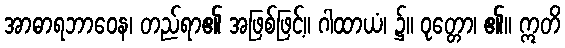
အာဓာရဘာဝေန၊ တည်ရာ၏ အဖြစ်ဖြင့်။ ဂါထာယံ၊ ၌။ ဝုတ္တော၊ ၏။ ဣတိ